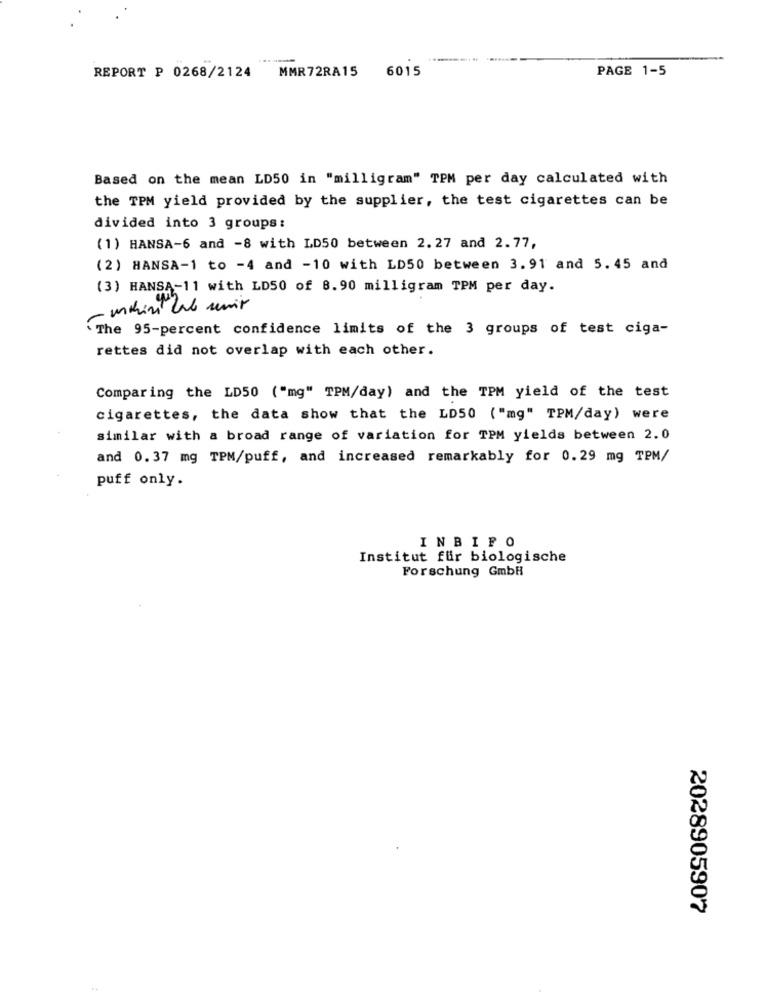
REPORT P 0268/2124 MMR72RA15 6015
PAGE 1-5
Based on the mean LD50 in "milligram" TPM per day calculated with
the TPM yield provided by the supplier, the test cigarettes can be
divided into 3 groups:
(1) HANSA-6 and -8 with LD50 between 2.27 and 2.77,
(2) HANSA-1 to -4 and -10 with LD50 between 3.91 and 5.45 and
(3) HANSA-11 with LD50 of 8.90 milligram TPM per day.
- molin lab unit
The 95-percent confidence limits of the 3 groups of test ciga-
rettes did not overlap with each other.
Comparing the LD50 ("mg" TPM/day) and the TPM yield of the test
cigarettes, the data show that the LD50 ("mg" TPM/day) were
similar with a broad range of variation for TPM yields between 2.0
and 0.37 mg TPM/puff, and increased remarkably for 0.29 mg TPM/
puff only.
INBIFO
Institut für biologische
Forschung GmbH
2028905907